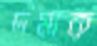
দমাক